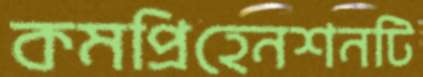
কমপ্রিহেনশনটি